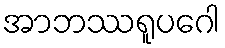
အာဘဿရူပဂေါ